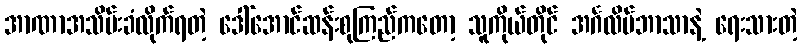
အာဏာအသိမ်းခံလိုက်ရတဲ့ ဒေါ်အောင်ဆန်းစုကြည်ကတော့ သူကိုယ်တိုင် အင်္ဂလိပ်ဘာသာနဲ့ ရေးသားတဲ့